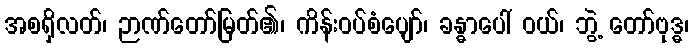
အစရှိလတ်၊ ဉာဏ်တော်မြတ်၏၊ ကိန်းဝပ်စံပျော်၊ ခန္ဓာပေါ် ဝယ်၊ ဘွဲ့ တော်ဗုဒ္ဓ၊